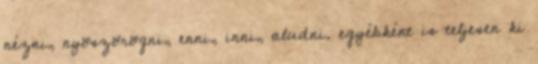
nézni, nyöszörögni, enni, inni, aludni. egyébként is teljesen ki